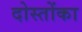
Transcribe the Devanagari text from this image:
दोस्तोंका